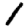
Digit: 1